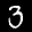
Label: 3